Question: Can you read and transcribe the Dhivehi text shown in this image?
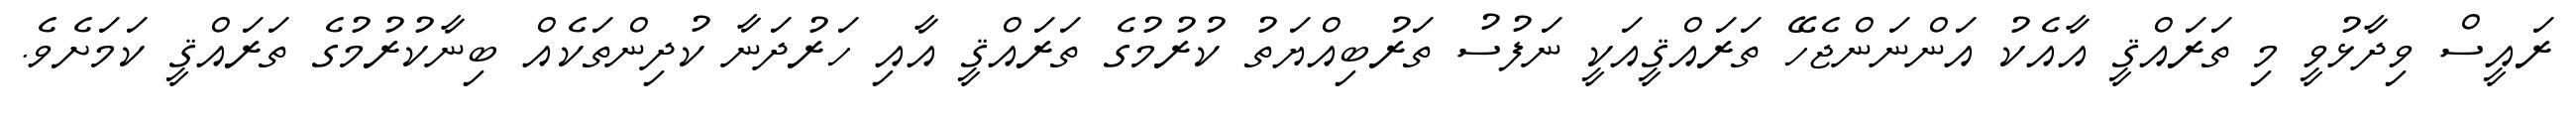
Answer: ރައީސް ވިދާޅުވީ މި ތަރައްޤީ އާއެކު އަންނަންޖެހޭ ތަރައްޤީއަކީ ނަފުސު ތަރުބިއްޔަތު ކުރުމުގެ ތަރައްޤީ އާއި ހަރުދަނާ ކުދިންތަކެއް ބިނާކުރުމުގެ ތަރައްޤީ ކަމަށެވެ.